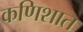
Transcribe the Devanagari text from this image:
कणिशात